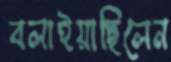
বলাইয়াছিলেন